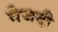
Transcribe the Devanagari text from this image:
मैजदी